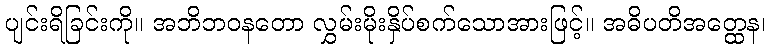
ပျင်းရိခြင်းကို။ အဘိဘဝနတော လွှမ်းမိုးနှိပ်စက်သောအားဖြင့်။ အဓိပတိအတ္ထေန၊